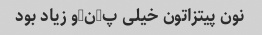
نون پیتزاتون خیلی پ-ن-و زیاد بود